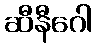
ဆီနီဂေါ